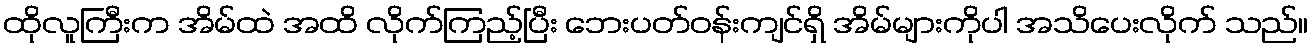
ထိုလူကြီးက အိမ်ထဲ အထိ လိုက်ကြည့်ပြီး ဘေးပတ်ဝန်းကျင်ရှိ အိမ်များကိုပါ အသိပေးလိုက် သည်။